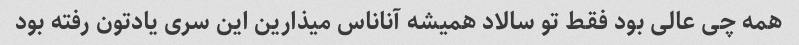
همه چی عالی بود فقط تو سالاد همیشه آناناس میذارین این سری یادتون رفته بود